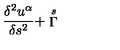
\frac { \delta ^ { 2 } u ^ { \alpha } } { \delta s ^ { 2 } } + \stackrel { s } { \Gamma }